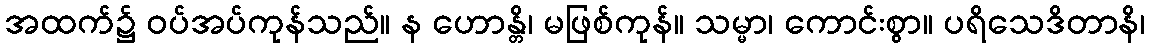
အထက်၌ ဝပ်အပ်ကုန်သည်။ န ဟောန္တိ၊ မဖြစ်ကုန်။ သမ္မာ၊ ကောင်းစွာ။ ပရိသေဒိတာနိ၊